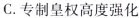
C.专制皇权高度强化